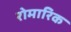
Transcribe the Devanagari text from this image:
रोमारिक